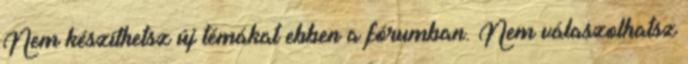
Nem készíthetsz új témákat ebben a fórumban. Nem válaszolhatsz